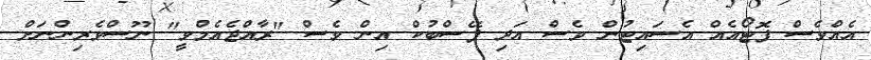
އެއްވެސް ފޮޓޯއެއް އެސައިޓުން ވެސް އަދި ފޭސްބުކް އިން ވެސް "ރާއްޖެއެމްވީ" ނޫސްވެރިންނަށް